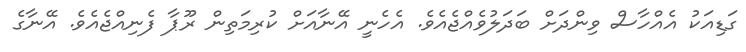
ގަޑިއަކު އެއްހާސް ވިންދަށް ބަދަލުވެއްޖެއެވެ. އެހެނީ އޭނާއަށް ކުރިމަތިން ރޫޕާ ފެނިއްޖެއެވެ. އޭނާގެ